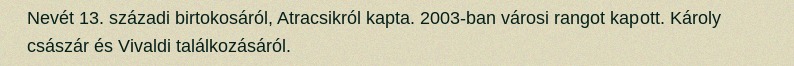
Nevét 13. századi birtokosáról, Atracsikról kapta. 2003-ban városi rangot kapott. Károly császár és Vivaldi találkozásáról.